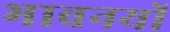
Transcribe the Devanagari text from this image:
भावनयों